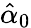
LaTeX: \hat{\alpha}_{0}